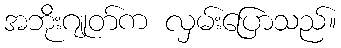
အဘိုးဂျုတ်က လှမ်းပြောသည်။